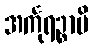
အင်္ကုရဉ္စာပိ